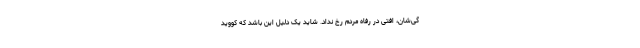
گی‌شان، افتی در رفاه مردم رخ نداد. شاید یک دلیل این باشد که کووید